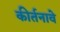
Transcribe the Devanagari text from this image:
कीर्तनावे